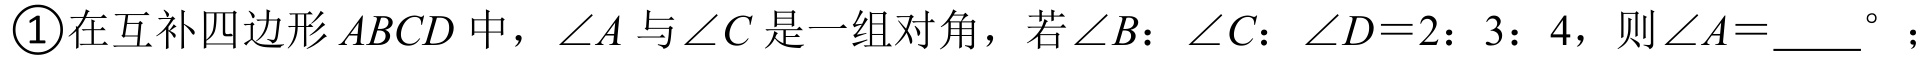
\textcircled{1}在互补四边形\(ABCD\)中，\(\angle A\)与\(\angle C\)是一组对角，若\(\angle B:\angle C:\angle D = 2:3:4\)，则\(\angle A=\_\_\_\_^{\circ}\)；